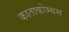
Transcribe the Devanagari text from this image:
काताकोम्बस